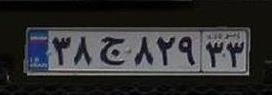
۳۸ج۸۲۹۳۳